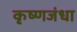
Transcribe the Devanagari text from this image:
कृष्णजंधा